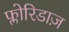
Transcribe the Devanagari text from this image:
फ्लोरिडाज़